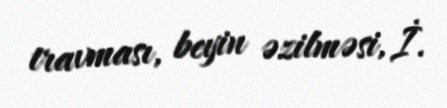
travması, beyin əzilməsi, İ.